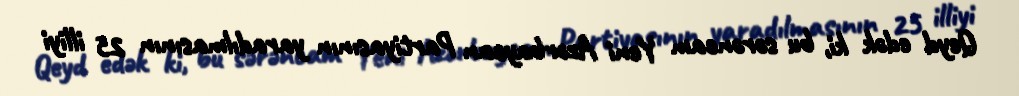
Qeyd edək ki, bu sərəncam Yeni Azərbaycan Partiyasının yaradılmasının 25 illiyi